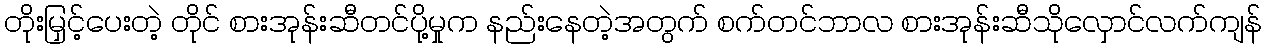
တိုးမြှင့်ပေးတဲ့ တိုင် စားအုန်းဆီတင်ပို့မှုက နည်းနေတဲ့အတွက် စက်တင်ဘာလ စားအုန်းဆီသိုလှောင်လက်ကျန်